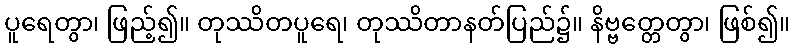
ပူရေတွာ၊ ဖြည့်၍။ တုဿိတပူရေ၊ တုဿိတာနတ်ပြည်၌။ နိဗ္ဗတ္တေတွာ၊ ဖြစ်၍။